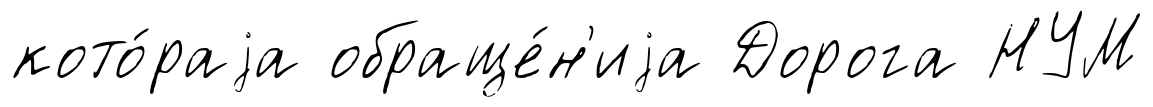
кото́раjа обраще́н'иjа Дорога НУМ